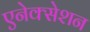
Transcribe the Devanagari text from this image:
एनेक्सेशन